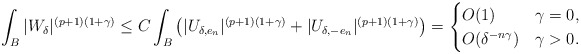
\begin{align*}\int_{B} |W_\delta|^{(p+1)(1+\gamma)}\leq C\int_{B} \left(|U_{\delta,e_n}|^{(p+1)(1+\gamma)}+|U_{\delta,-e_n}|^{(p+1)(1+\gamma)} \right) =\begin{cases}O(1) & \gamma=0,\\O(\delta^{-{n\gamma}}) & \gamma>0.\end{cases}\end{align*}